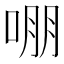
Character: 𭈒